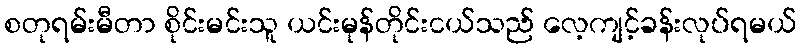
စတုရမ်းမီတာ စိုင်းမင်းသူ ယင်းမုန်တိုင်းငယ်သည် လေ့ကျင့်ခန်းလုပ်ရမယ်